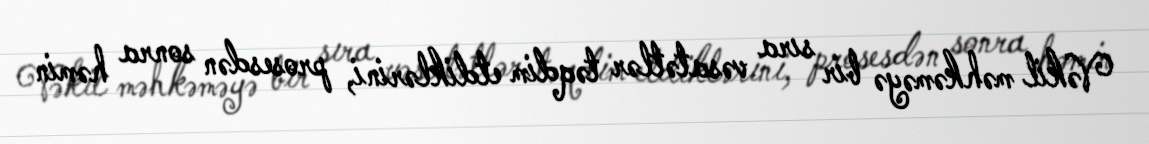
Vəkil məhkəməyə bir sıra vəsatətlər təqdim etdiklərini, prosesdən sonra həmin